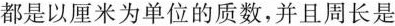
都是以厘米为单位的质数，并且周长是